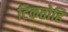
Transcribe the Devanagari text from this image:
टिकतोहि